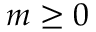
m \geq 0